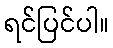
ရင်ပြင်ပါ။